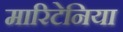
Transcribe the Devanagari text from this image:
मारिटेनिया